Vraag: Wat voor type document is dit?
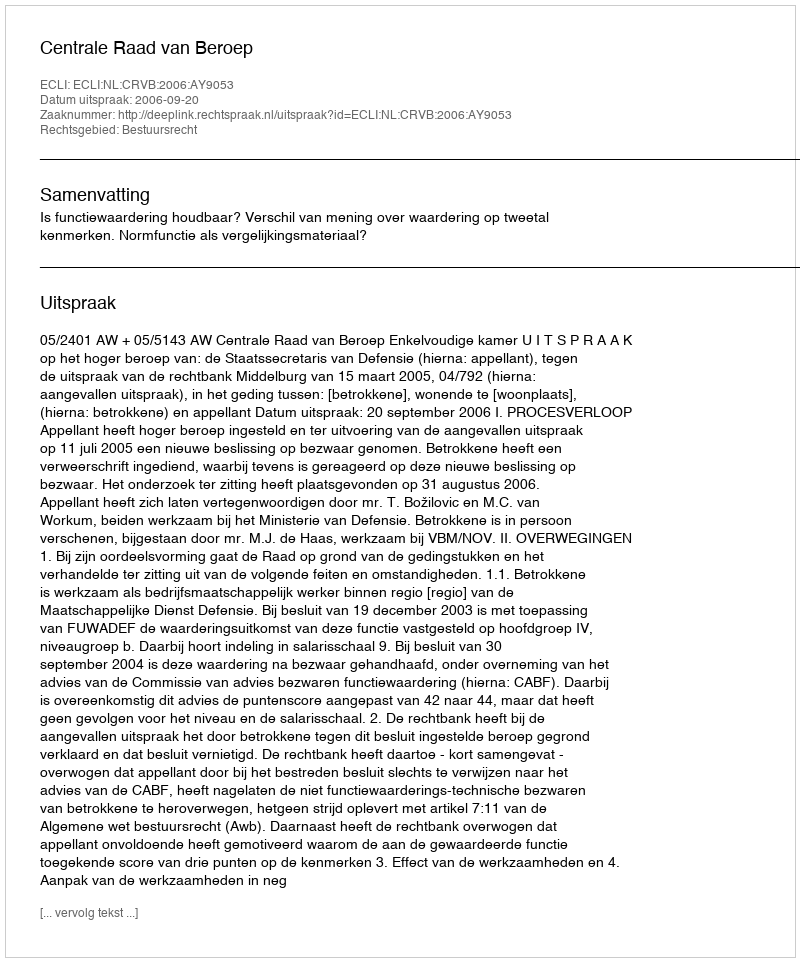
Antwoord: Uitspraak